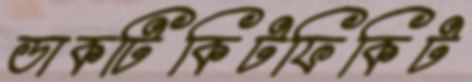
ডাকটিকিটফিকিট